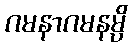
ဂမနာဂမနမ္ပိ